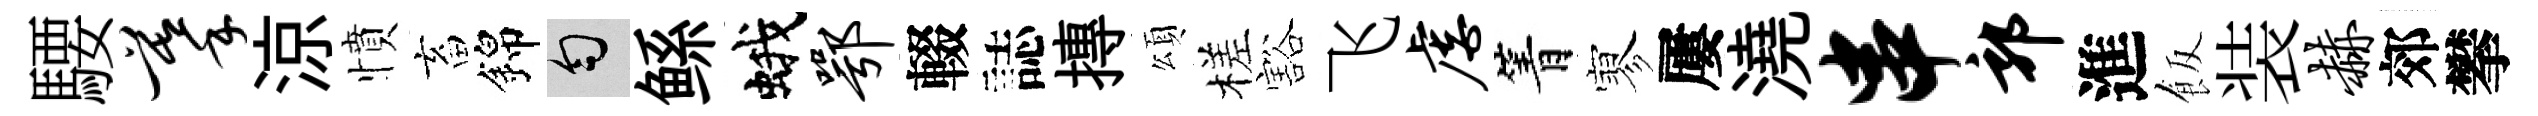
騕摹涼憤畜錦匀鲧蛾鄂輟誌摶頌槎豁飞虐箐寥屢澆串郭進飯装赫郊攀